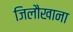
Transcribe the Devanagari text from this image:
जिलौखाना